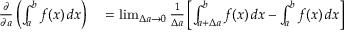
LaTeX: \begin{array} { r l } { { \frac { \partial } { \partial a } } \left( \int _ { a } ^ { b } f ( x ) \, d x \right) } & { { } = \operatorname* { l i m } _ { \Delta a \to 0 } { \frac { 1 } { \Delta a } } \left[ \int _ { a + \Delta a } ^ { b } f ( x ) \, d x - \int _ { a } ^ { b } f ( x ) \, d x \right] } \end{array}